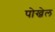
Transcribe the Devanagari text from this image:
पोख्रेल